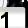
Digit: 1